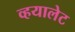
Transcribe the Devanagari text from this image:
व्हयालेट